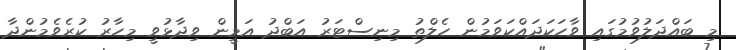
މި ބައްދަލުވުމުގައި ވާހަކަދައްކަވަމުން ހެލްތު މިނިސްޓަރު އަބްދު އަމީން ވިދާޅުވީ މިހާރު ކުރެވެމުންދާ